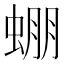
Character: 𧌇